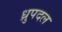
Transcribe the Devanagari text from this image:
ध्रुपदल